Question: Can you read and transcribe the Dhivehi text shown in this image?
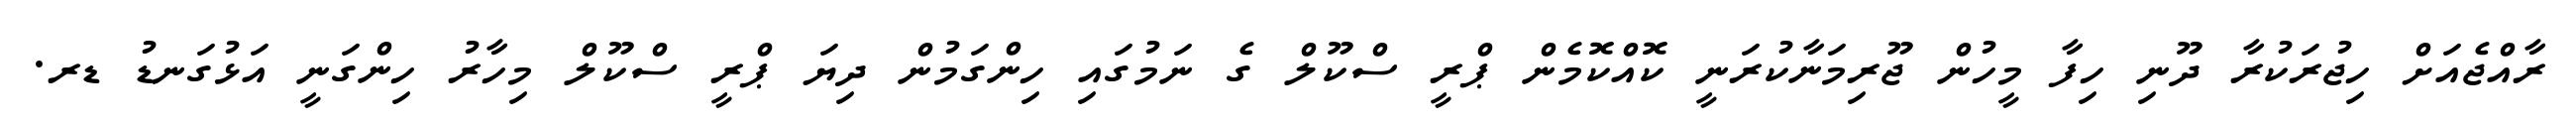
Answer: ރާއްޖެއަށް ހިޖުރަކުރާ ދޫނި ހިފާ މީހުން ޖޫރިމަނާކުރަނީ ކޮއްކޮމެން ޕްރީ ސްކޫލް ގެ ނަމުގައި ހިންގަމުން ދިޔަ ޕްރީ ސްކޫލް މިހާރު ހިންގަނީ އަޅުގަނޑު ޑރ.